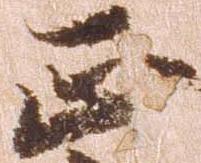
正